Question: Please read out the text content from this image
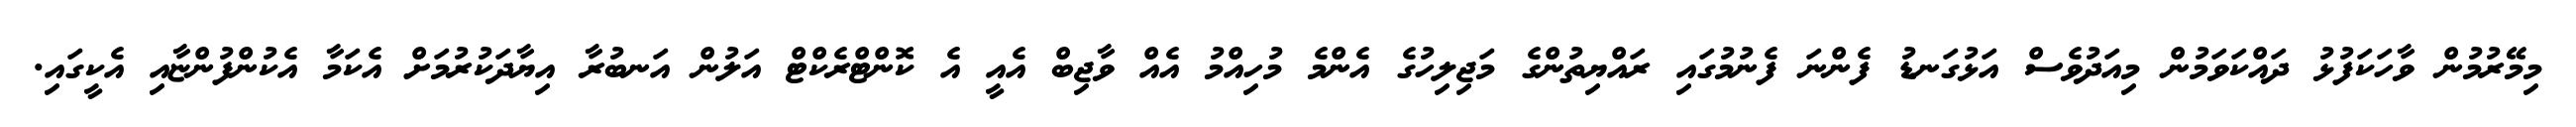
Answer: މިމޭރުމުން ވާހަކަފުޅު ދައްކަވަމުން މިއަދުވެސް އަޅުގަނޑު ފެންނަ ފެނުމުގައި ރައްޔިތުންގެ މަޖިލިހުގެ އެންމެ މުހިއްމު އެއް ވާޖިބް އެއީ އެ ކޮންޓްރެކްޓް އަލުން އަނބުރާ އިޔާދަކުރުމަށް އެކަމާ އެކުންފުންޏާއި އެކީގައި.